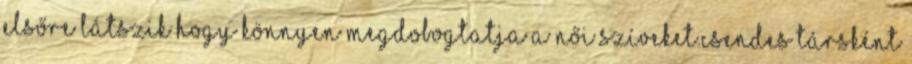
elsőre látszik hogy könnyen megdobogtatja a női szíveket.Csendes társként